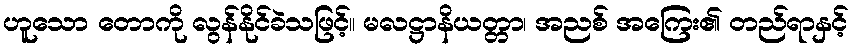
ဟူသော တောကို လွန်နိုင်ခဲသဖြင့်။ မလဋ္ဌာနိယတ္တာ၊ အညစ် အကြေး၏ တည်ရာနှင့်